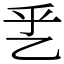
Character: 乯